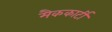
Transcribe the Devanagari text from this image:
मैककार्टी